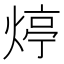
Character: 㷚